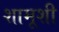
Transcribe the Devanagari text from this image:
शामूशी